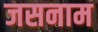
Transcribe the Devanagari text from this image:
जसनाम